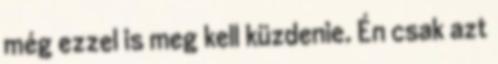
még ezzel is meg kell küzdenie. Én csak azt